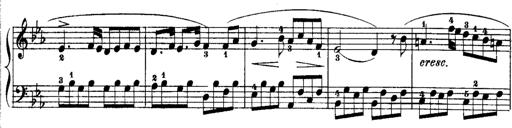
Title: Rondos and Sonatinas for Pianoforte
Composer: Daniel Steibelt